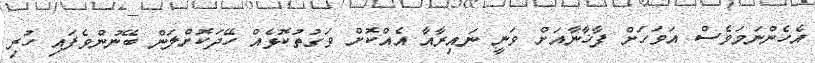
އެހެންނަމަވެސް އަވަހަށް ފާޚާނާއަށް ވަނީ ނައިރާއާ އެއްކޮށް ވަގުތުކޮޅެއް ހޭދަކޮށްލަން ބޭނުންވެފައި ހުރި